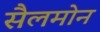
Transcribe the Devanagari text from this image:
सैलमोन